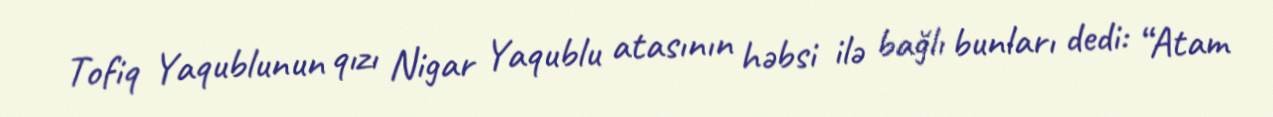
Tofiq Yaqublunun qızı Nigar Yaqublu atasının həbsi ilə bağlı bunları dedi: “Atam